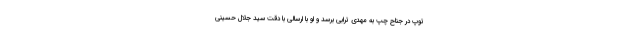
توپ در جناح چپ به مهدی ترابی برسد و او با ارسالی با دقت سید جلال حسینی